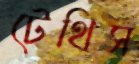
টেথিস